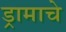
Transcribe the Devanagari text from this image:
ड्रामाचे